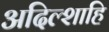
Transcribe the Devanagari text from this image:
अदिल्शाहि